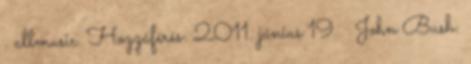
. allmusic. Hozzáférés: 2011. június 19. ↑ John Bush: